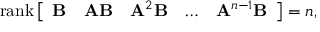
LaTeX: \operatorname { r a n k } { \left[ \begin{array} { l l l l l } { \mathbf { B } } & { \mathbf { A } \mathbf { B } } & { \mathbf { A } ^ { 2 } \mathbf { B } } & { \dots } & { \mathbf { A } ^ { n - 1 } \mathbf { B } } \end{array} \right] } = n ,